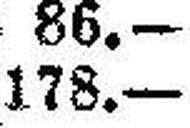
178.—